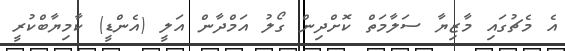
އެ މެޗުގައި މާޒިޔާ ސަލާމަތް ކޮށްދިން ގޯލު އަމްދާން އަލީ (އެންޑީ) ކާމިޔާބްކުރީ